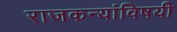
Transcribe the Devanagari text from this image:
राजकन्यांविषयी